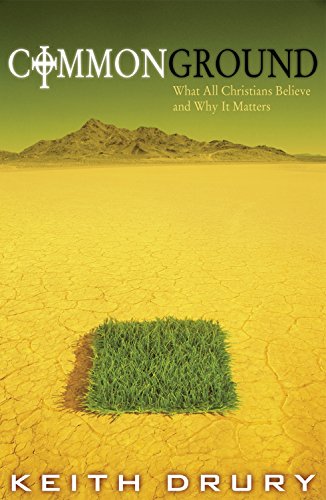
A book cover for Common Ground: What All Christians Believe and Why It Matters; Keith Drury; Christian Books & Bibles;